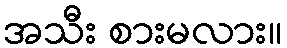
အသီး စားမလား။